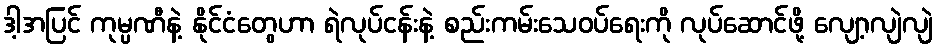
ဒါ့အပြင် ကုမ္ပဏီနဲ့ နိုင်ငံတွေဟာ ရဲလုပ်ငန်းနဲ့ စည်းကမ်းသေဝပ်ရေးကို လုပ်ဆောင်ဖို့ လျော့လျဲလျဲ